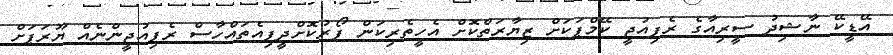
އޭޑީކޭ ނާޝިދު ސީރިއާގެ ރެފިއުޖީ ކޭމްޕަކަށް ޒިޔާރަތްކޮށް އެހީތެރިކަން ފޯރުކޮށްދީފިއެތައްހާސް ރެފިއުޖީންނެއް ޔޫރަޕަށް